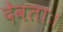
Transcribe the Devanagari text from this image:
देवताः।